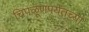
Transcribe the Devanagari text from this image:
चिपळूणपर्यंतच्या